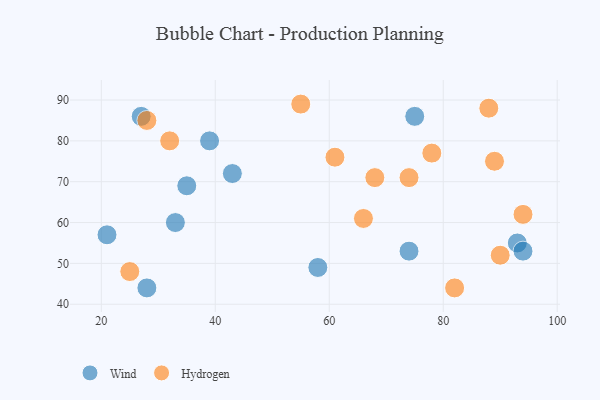
{"axis": {"x": "GDP", "y": "Life Expectancy"}, "legend": ["Hydrogen", "Wind"], "data": [{"x": "58", "y": 49, "type": "Wind"}, {"x": "35", "y": 69, "type": "Wind"}, {"x": "28", "y": 44, "type": "Wind"}, {"x": "39", "y": 80, "type": "Wind"}, {"x": "93", "y": 55, "type": "Wind"}, {"x": "43", "y": 72, "type": "Wind"}, {"x": "94", "y": 53, "type": "Wind"}, {"x": "75", "y": 86, "type": "Wind"}, {"x": "74", "y": 53, "type": "Wind"}, {"x": "33", "y": 60, "type": "Wind"}, {"x": "27", "y": 86, "type": "Wind"}, {"x": "21", "y": 57, "type": "Wind"}, {"x": "25", "y": 48, "type": "Hydrogen"}, {"x": "82", "y": 44, "type": "Hydrogen"}, {"x": "61", "y": 76, "type": "Hydrogen"}, {"x": "94", "y": 62, "type": "Hydrogen"}, {"x": "32", "y": 80, "type": "Hydrogen"}, {"x": "66", "y": 61, "type": "Hydrogen"}, {"x": "68", "y": 71, "type": "Hydrogen"}, {"x": "78", "y": 77, "type": "Hydrogen"}, {"x": "89", "y": 75, "type": "Hydrogen"}, {"x": "90", "y": 52, "type": "Hydrogen"}, {"x": "74", "y": 71, "type": "Hydrogen"}, {"x": "55", "y": 89, "type": "Hydrogen"}, {"x": "88", "y": 88, "type": "Hydrogen"}, {"x": "28", "y": 85, "type": "Hydrogen"}]}